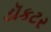
ડૉકટર